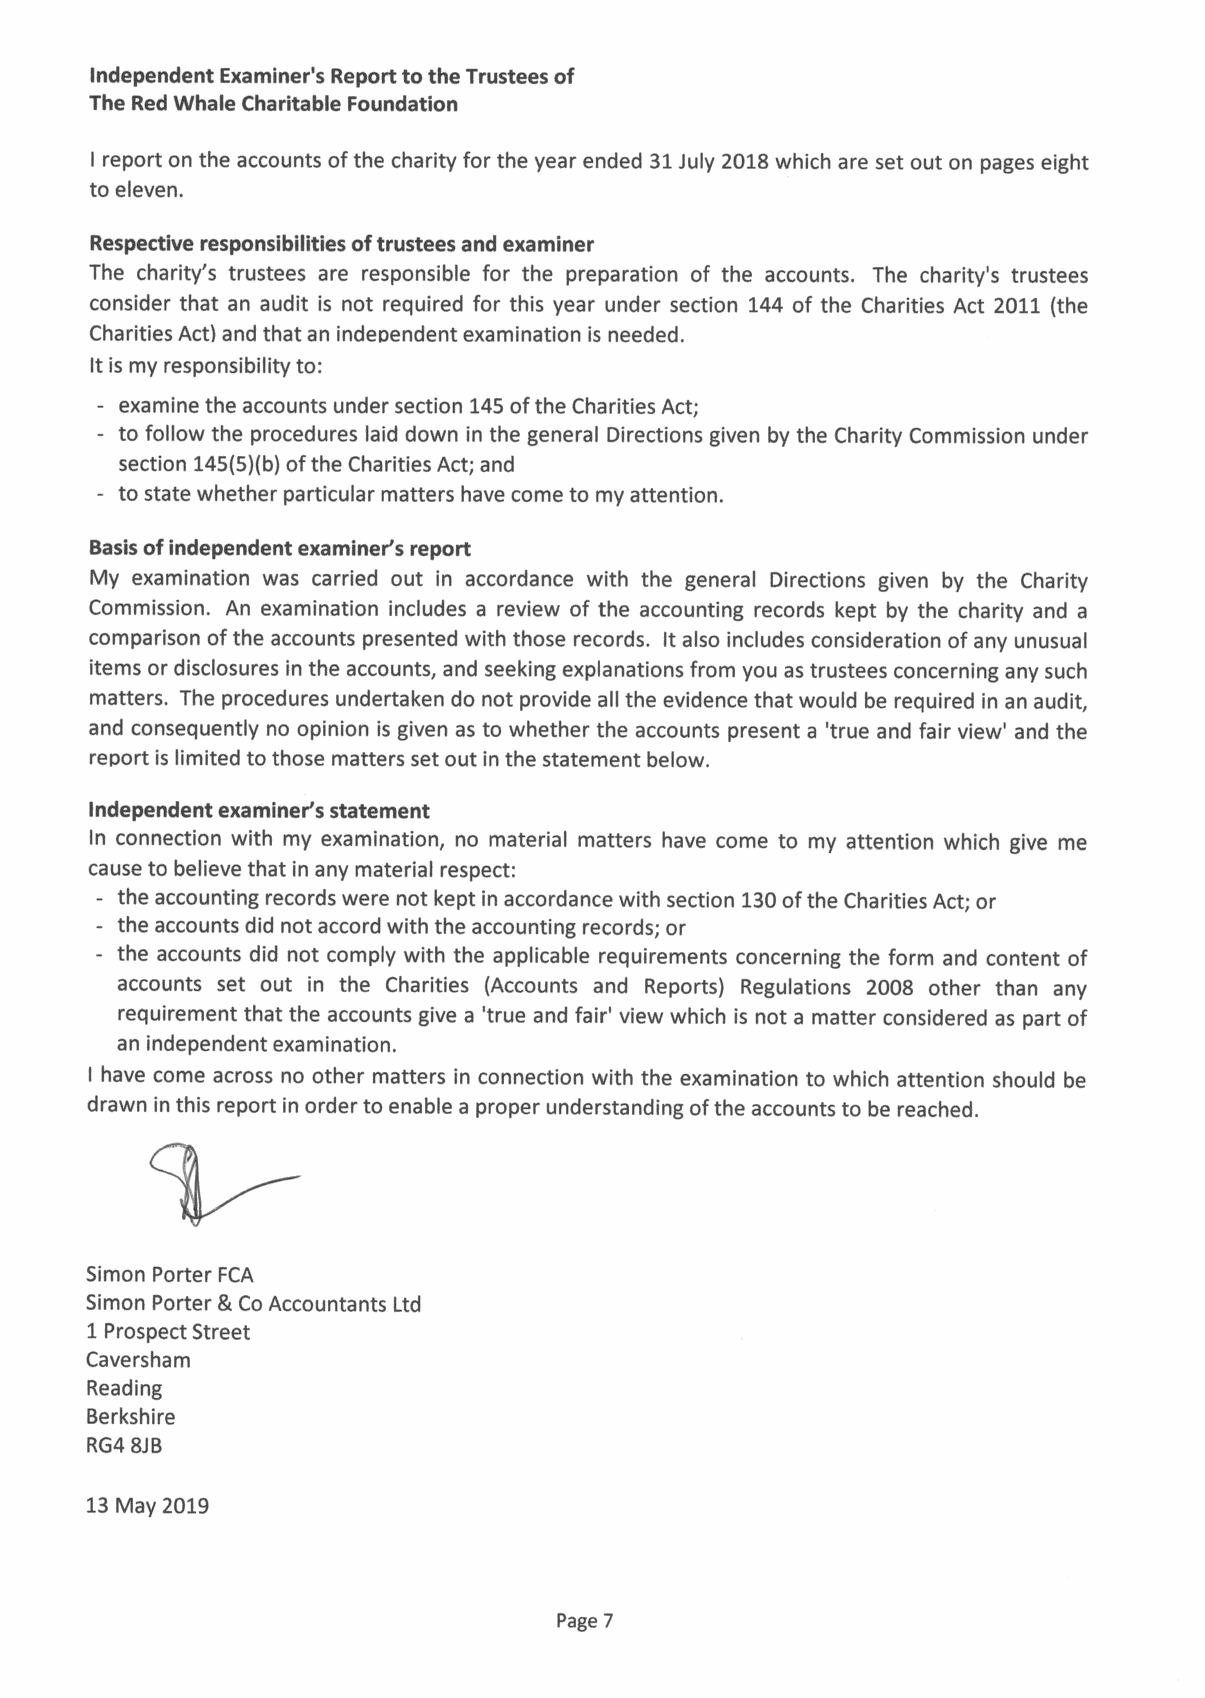
Independent Examiner's Report to the Trustees of
 The Red Whale Charitable Foundation
 I report on the accounts ofthe charity for the year ended 31July 2018which are set out on pages eight
 to eleven.
 Respective responsibilities oftrustees and examiner
 The charity's trustees are responsible for the preparation of the accounts. The charity's trustees
 consider that an audit is not required for this year under section 144 of the Charities Act 2011 (the
 Charities Act) and that an independent examination is needed.
 It is my responsibility to:
 examine the accounts under section 145ofthe Charities Act;
 to follow the procedures laid down in the general Directions given by the Charity Commission under
 section 145(5)(b)ofthe Charities Act; and
 to state whether particular matters have come to my attention.
 Basis ofindependent examiner's report
 My examination was carried out in accordance with the general Directions given by the Charity
 Commission. An examination includes a review of the accounting records kept by the charity and a
 comparison ofthe accounts presented with those records. It also includes consideration ofany unusual
 items or disclosures in the accounts, and seeking explanations from you as trustees concerning any such
 matters. The procedures undertaken do not provide all the evidence that would be required in an audit,
 and consequently no opinion is given as to whether the accounts present a 'true and fair view' and the
 report is limited to those matters set out in the statement below.
 Independent examiner's statement
 In connection with my examination, no material matters have come to my attention which give me
 cause to believe that in any material respect:
 - the accounting records were not kept in accordance with section 130ofthe Charities Act; or
 - the accounts did not accord with the accounting records; or
 - the accounts did not comply with the applicable requirements concerning the form and content of
 accounts set out in the Charities (Accounts and Reports) Regulations 2008 other than any
 requirement that the accounts give a 'true and fair' view which is not a matter considered as part of
 an independent examination.
 I have come across no other matters in connection with the examination to which attention should be
 drawn in this report in order to enable a proper understanding ofthe accounts to be reached.
 Simon Porter FCA
 Simon Porter &Co Accountants Ltd
 1Prospect Street
 Caversham
 Reading
 Berkshire
 RG4 8JB
 13May 2019
 Page 7